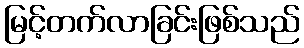
မြင့်တက်လာခြင်းဖြစ်သည်